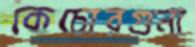
কেচোরগুনা